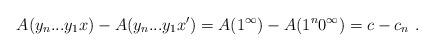
LaTeX: \begin{align*}A(y_n...y_1x) - A(y_n...y_1x') = A(1^\infty) - A(1^n 0^\infty) = c - c_n \ .\end{align*}